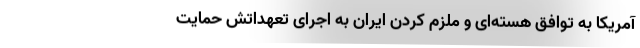
آمریکا به توافق هسته‌ای و ملزم کردن ایران به اجرای تعهداتش حمایت